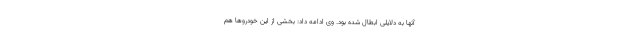
آنها به دلایلی ابطال شده بود. وی ادامه داد: بخشی از این خودروها هم